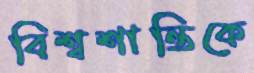
বিশ্বশান্তিকে